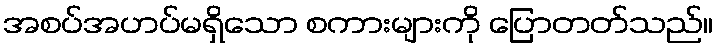
အစပ်အဟပ်မရှိသော စကားများကို ပြောတတ်သည်။